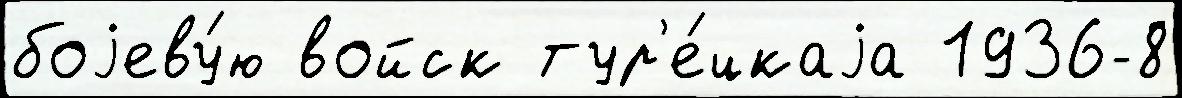
боjеву́ю войск тур'е́цкаjа 1936-8